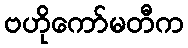
ဗဟိုကော်မတီက